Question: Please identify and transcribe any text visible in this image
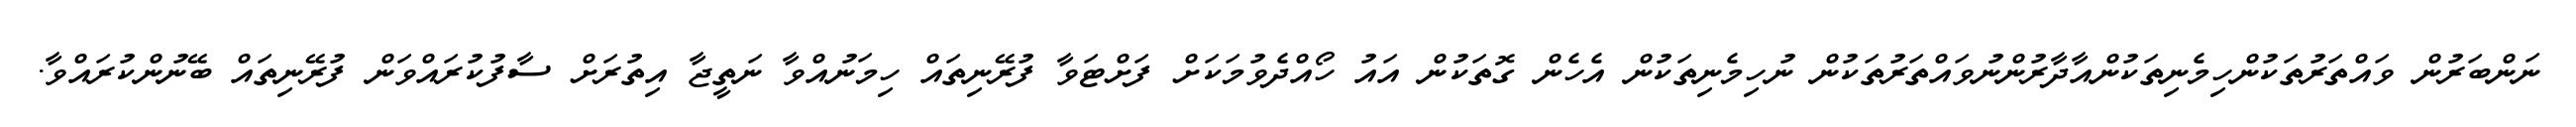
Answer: ނަންބަރުން ވައްތަރުތަކުންހިމެނިތަކުންއާދާރުންނުވައްތަރުތަކުން ނުހިމެނިތަކުން އެހެން ގޮތަކުން އައު ހޯއްދެވުމަކަށް ފަށްޓަވާ ފުރޭނިތައް ހިމަނުއްވާ ނަތީޖާ އިތުރަށް ސާފުކުރައްވަން ފުރޭނިތައް ބޭނުންކުރައްވާ.